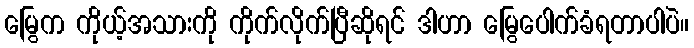
မြွေက ကိုယ့်အသားကို ကိုက်လိုက်ပြီဆိုရင် ဒါဟာ မြွေပေါက်ခံရတာပါပဲ။